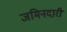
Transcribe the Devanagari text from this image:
जमिनदारी